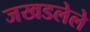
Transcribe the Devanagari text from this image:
जखडलेले